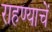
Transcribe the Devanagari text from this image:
राहण्याचें